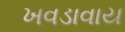
ખવડાવાય